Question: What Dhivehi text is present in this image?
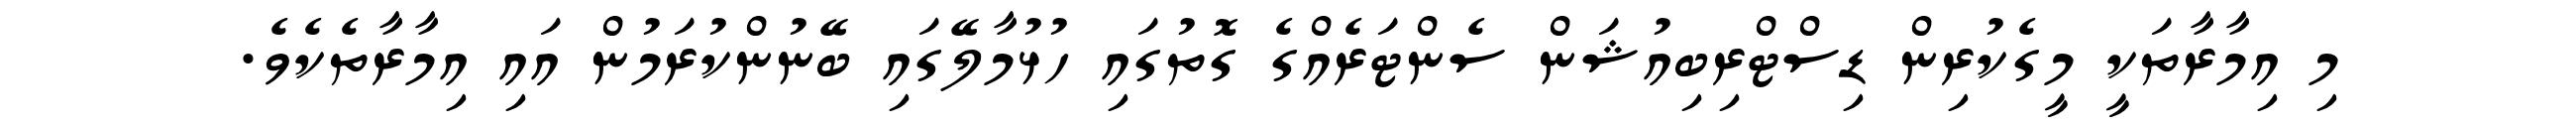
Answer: މި އިމާރާތަކީ މީގެކުރިން ޑިސްޓްރިބިއުޝަން ސެންޓަރެއްގެ ގޮތުގައި ހުޅުމާލޭގައި ބޭނުންކުރަމުން އައި އިމާރާތެކެވެ.